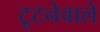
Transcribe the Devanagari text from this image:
टूटनेवाले